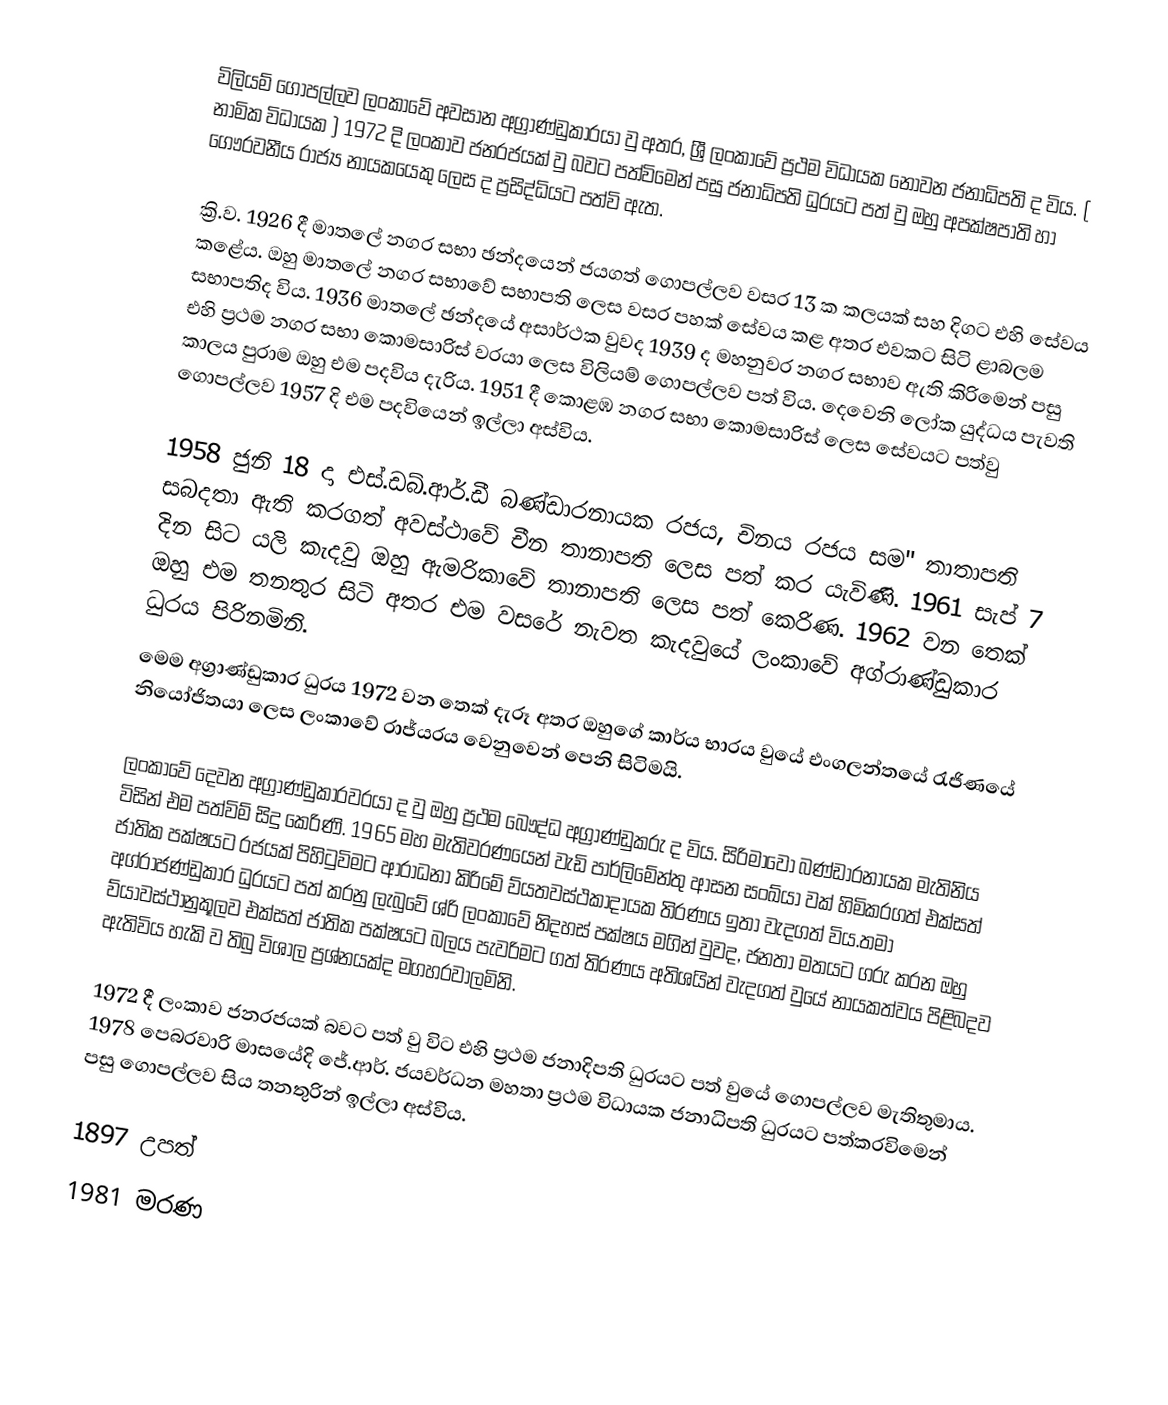
විලියම් ගොපල්ලව ලංකාවේ අවසාන අග්‍රාණ්ඩුකාරයා වු අතර, ශ්‍රී ලංකාවේ ප්‍රථම විධායක නොවන ජනාධිපති ද විය. ( නාමික විධායක ) 1972 දි ලංකාව ජනරජයක් වු බවට පත්විමෙන් පසු ජනාධිපති ධුරයට පත් වු ඔහු අපක්ෂපාති හා ගෞරවනීය රාජ්‍ය නායකයෙකු ලෙස ද ප්‍රසිද්ධියට පත්වි ඇත.

ක්‍රි.ව. 1926 දී මාතලේ නගර සභා ඡන්දයෙන් ජයගත් ගොපල්ලව වසර 13 ක කලයක් සහ දිගට එහි සේවය ‍කළේය. ඔහු මාතලේ නගර සභාවේ සභාපති ලෙස වසර පහක් සේවය කළ අතර එවකට සිටි ළාබලම සභාපතිද විය. 1936  මාතලේ ඡන්දයේ අසාර්ථක වුවද 1939 ද මහනුවර නගර සභාව ඇති කිරිමෙන් පසු එහි ප්‍රථම නගර සභා කොමසාරිස් වරයා ලෙස විලියම් ගොපල්ලව පත් විය. දෙවෙනි ලෝක යුද්ධය පැවති කාලය පුරාම ඔහු එම පදවිය දැරිය. 1951 දී කොළඹ නගර සභා කොමසාරිස් ලෙස සේවයට පත්වු ගොපල්ලව 1957 දි එම පදවියෙන් ඉල්ලා අස්විය.

1958 ජුනි 18 දා එස්.ඩබ්.ආර්.ඩී බණ්ඩාරනායක රජය, චිනය රජය සම" තාතාපති සබදතා ඇති කරගත් අවස්ථාවේ චීන තානාපති ලෙස පත් කර යැවිණි.  1961 සැප් 7 දින සිට යලි කැදවු ඔහු ඇමරිකාවේ තානාපති ලෙස පත් කෙරිණ. 1962 වන තෙක් ඔහු එම තනතුර සිටි අතර එම වසරේ නැවත කැදවුයේ ලංකාවේ අග්රාණ්ඩුකාර ධුරය පිරිනමිනි.
මෙම අග්‍රාණ්ඩුකාර ධුරය 1972 වන තෙක් දැරූ අතර ඔහුගේ කාර්ය භාරය වුයේ එංගලන්තයේ රැජිණයේ නියෝජිතයා ලෙස ලංකාවේ රාජ්යරය වෙනුවෙන් පෙනි සිටිමයි.

ලංකාවේ දෙවන අග්‍රාණ්ඩුකාරවරයා ද වු ඔහු ප්‍රථම බෞද්ධ අග්‍රාණ්ඩුකරු ද විය. සිරිමාවෝ බණ්ඩාරනායක මැතිනිය විසින් එම පත්විම් සිදු කෙරිණි. 1965 මහ මැතිවරණයෙන් වැඩි පාර්ලිමේන්තු ආසන සංඛ්යා වක් හිමිකරගත් එක්සත් ජාතික පක්ෂයට රජයක් පිහිටුවිමට ආරාධනා කිරිමේ ව්යතවස්ථකාදායක තිරණය ඉතා වැදගත් විය.තමා අග්රාජණ්ඩුකාර ධුරයට පත් කරනු ලැබුවේ ශ්රි  ලංකාවේ නිදහස් පක්ෂය මගින් වුවද, ජනතා මතයට ගරු කරන ඔහු ව්යාවස්ථානුකූලව එක්සත් ජාතික පක්ෂයට බලය පැවරිමට ගත් තිරණය අතිශයින් වැදගත් වුයේ නායකත්වය පිළිබදව ඇතිවිය හැකි ව තිබු විශාල ප්‍රශ්නයක්ද මගහරවාලමිනි.

1972 දී ලංකාව ජනරජයක් බවට පත් වු විට එහි ප්‍රථම ජනාදිපති ධුරයට පත් වුයේ ගොපල්ලව මැතිතුමාය. 1978 පෙබරවාරි මාසයේදි ජේ.ආර්. ජයවර්ධන මහතා ප්‍රථම විධායක ජනාධිපති ධුරයට පත්කරවිමෙන් පසු ගොපල්ලව සිය තනතුරින් ඉල්ලා අස්විය.

1897 උපත්
1981 මරණ